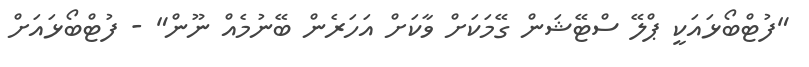
"ފުޓްބޯޅައަކީ ޕްލޭ ސްޓޭޝަން ގޭމަކަށް ވާކަށް އަހަރެން ބޭނުމެއް ނޫން" - ފުޓްބޯޅައަށް